Annual statistical returns and brief notes on vaccination in Bengal - 1896-1909
Year: 1896
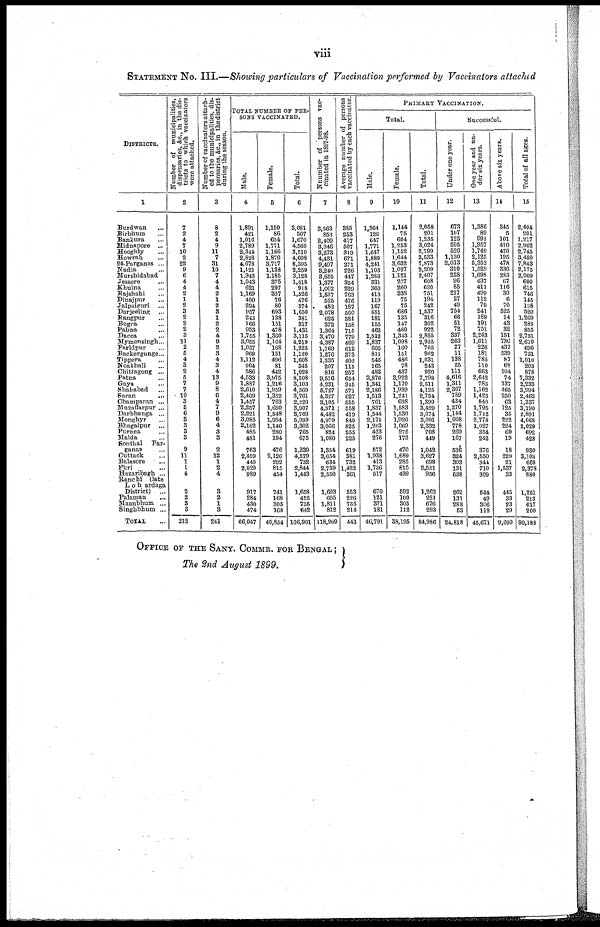
viii
STATEMENT No. III.—Showing particulars of Vaccination performed by Vaccinators attached
DISTRICTS.
1
Burdwan ...
Birbhum ...
Bankura ...
Midnapore ...
Hooghly ...
Howrah ...
24-Parganas ...
Nadia ...
Mursbidabad
Jessore
...
Khulna ...
Rajshahi ...
Dinajpur ...
Jalpaipuri
...
Darjeeling
...
Bangpur ...
Bogra ...
Pabna ...
Dacca ...
Mymensingh...
Faridpur ...
Backergunge...
Tippera ...
Noakhali ...
Chittagong ...
Patna ...
Gaya ...
Shahabad ...
Saran ...
Champaran ...
Muzaffarpur ...
Darbhanga ...
Monghyr ...
Bhagalpur ...
Purnea ...
Malda ...
Sonthal
Par¬
ganas ...
Cuttack ...
Balasore ...
Puri ...
Hazaribagh ...
Ranchi (late
Lohardaga
District)
...
Palamau ...
Maanbhum ...
Singhbhum ...
TOTAL ...
Number of municipalities,
dispensaries, &c.,
in the dis-
tricts to which vaccinators
were attached.
2
7
2
4
7
10
2
22
9
6
4
4
2
1
2
3
2
2
2
3
11
2
5
4
3
2
5
7
7
10
3
5
6
3
3
3
3
9
11
1
1
4
2
2
3
3
212
Number of vaccinators attach-
ed to the municipalities, dis-
pensaries, &c.,
in the district
during the season.
3
8
2
4
9
11
7
31
10
7
4
4
2
1
2
3
1
2
2
4
9
2
3
4
3
4
13
9
8
6
4
7
9
6
4
3
3
2
12
1
2
4
3
2
1
3
241
TOTAL NUMBER OF PER¬
SONS VACCINATED.
Male.
4
1,891
421
1,016
2,789
2,344
2,828
4,678
1,121
1,943
1,043
621
1,169
400
294
957
243
166
953
1,755
3,055
1,057
969
1,112
264
586
4,533
1,887
2,610
2,409
1,457
2,257
2,221
3,085
2,162
485
481
763
2,459
440
2,029
989
917
284
430
474
66,047
Female.
5
1,190
86
654
1,771
1,166
1,870
3,717
1,138
1,185
375
297
357
76
80
693
138
151
478
1,360
1,164
168
151
496
81
442
3,975
1,216
1,959
1,352
763
1,650
1,548
1,954
1,140
280
194
476
2,120
292
815
454
741
168
305
168
40,854
Total.
6
3,081
507
1,670
4,560
3,510
4,698
8,395
2,259
3,128
1,418
918
1,526
476
874
1,650
381
317
1,431
3,115
4,219
1,225
1,120
1,608
345
1,028
8,508
3,103
4,569
3,761
2,220
3,907
3,769
5,039
3,302
765
675
1,239
4,579
732
2,844
1,443
1,658
452
735
642
106,901
Nnumber of persons vac-
cinated in 1897-98.
7
3,563
853
2,409
3,946
3,273
4,431
9,497
3,240
3,655
1,377
1,002
1,337
525
482
2,078
625
372
1,364
3,470
4,387
1,769
1,276
1,335
207
816
9,576
4,231
6,727
4,327
3,105
4,371
4,482
4,979
3,066
824
1,080
1,354
3,654
634
2,739
2,550
1,693
605
1,811
812
118,909
Average number of persons
vaccinated by each vaccinator.
8
385
253
417
507
319
671
271
226
447
354
229
763
476
187
550
381
158
715
779
469
612
373
402
115
257
654
345
571
627
555
558
419
840
825
255
225
619
381
732
1,422
361
553
226
735
214
443
PRIMARY VACCINATION.
Total.
Male.
9
1,364
126
647
1,771
1,647
1,889
4,241
1,103
1,286
331
360
413
119
167
851
181
155
462
1,512
1,837
605
811
545
165
483
3,876
1,341
2,186
1,513
761
1,837
1,544
2,171
1,263
433
276
572
1,938
413
1,736
517
670
121
371
181
40,791
Female.
10
1,144
75
604
1,253
1,152
1,644
3,632
1,097
1,121
277
260
338
75
75
686
135
147
460
1,343
1,098
160
151
486
78
437
3,922
1,170
1,939
1,241
638
1,583
1,530
1,920
1,069
275
173
470
1,689
285
815
439
592
100
305
112
38,195
Total.
11
2,058
201
1,235
3,024
2,799
3,533
7,873
2,200
2,407
608
620
751
194
242
1,537
316
302
922
2,855
2,935
765
962
1,031
243
920
7,798
2,511
4,125
2,754
1,399
3,420
3,074
3,091
2,332
708
449
1,042
3,627
698
2,551
956
1,262
221
676
293
84,986
Successful.
Under one year.
12
673
107
125
695
526
1,130
2,013
310
228
96
88
217
27
49
754
66
51
72
337
263
27
11
138
25
111
4,616
1,311
2,367
789
434
1,270
1,144
1,068
778
269
167
536
324
303
131
638
262
131
288
63
24,818
One year and un-
der six years.
13
1,386
89
991
1,957
1,749
2,125
5,352
1,529
1,698
437
411
499
112
79
241
189
191
751
2,243
1,611
226
181
785
110 663
2,642
785
1,162
1,423
840
1,795
1,712
2,778
1,027
354
242
376
2,550
344
710
309
544
49
306
118
45,671
Above six years.
11
345
5
101
410
470
195
478
336
283
67
116
30
6
70
525
14
43
32
151
736
437
539
87
68
104
74
137
465
250
63
125
35
222
224
69
19
18
229
21
1,537
33
445
33
23
29
9,699
Total of all ages.
15
2,404
201
1,217
2,962
2,745
3,450
7,843
2,175
2,909
600
615
746
145
198
520
1,269
285
855
2,731
2,610
690
731
1,010
203
878
7,332
2,233
3,994
2,462
1,337
3,190
2,891
4,068
2,029
692
428
930
3,103
668
2,378
880
1,251
213
617
200
80,188
OFFICE OF THE SANY. COMMR. FOR BENGAL ;
The 2nd August 1899.